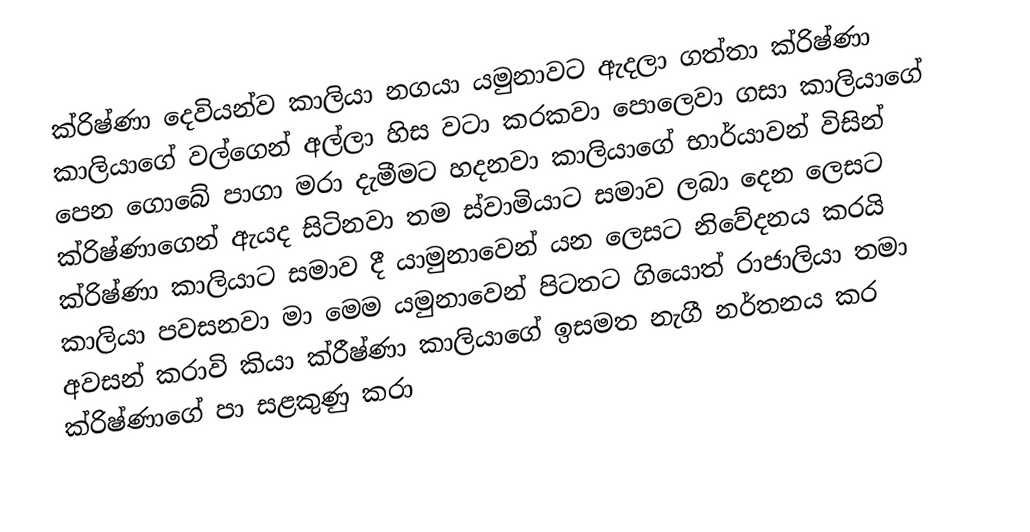
ක්රිෂ්ණා දෙවියන්ව කාලියා නගයා යමුනාවට ඇදලා ගත්තා ක්රිෂ්ණා කාලියාගේ වල්ගෙන් අල්ලා හිස වටා කරකවා පොලෙවා ගසා කාලියාගේ පෙන ගොබේ පාගා මරා දැමීමට හදනවා කාලියාගේ භාර්යාවන් විසින් ක්රිෂ්ණාගෙන් ඇයද සිටිනවා තම ස්වාමියාට සමාව ලබා දෙන ලෙසට ක්රිෂ්ණා කාලියාට සමාව දී යාමුනාවෙන් යන ලෙසට නිවේදනය කරයි කාලියා පවසනවා මා මෙම යමුනාවෙන් පිටතට ගියොත් රාජාලියා තමා අවසන් කරාවි කියා ක්රීෂ්ණා කාලියාගේ ඉසමත නැගී නර්තනය කර ක්රිෂ්ණාගේ පා සළකුණු කරා